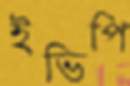
ইভিপি